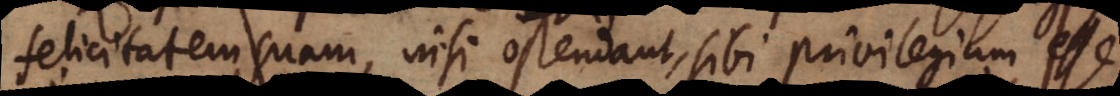
felicitatem suam, nisi ostendant, sibi privilegium esse